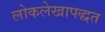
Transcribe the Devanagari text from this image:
लोकलेखापद्धत